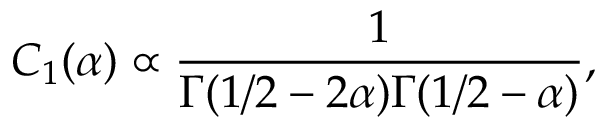
C _ { 1 } ( \alpha ) \propto \frac { 1 } { \Gamma ( 1 / 2 - 2 \alpha ) \Gamma ( 1 / 2 - \alpha ) } ,